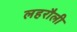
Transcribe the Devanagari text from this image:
लहरौली